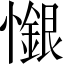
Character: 𢣩